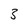
Character: 3